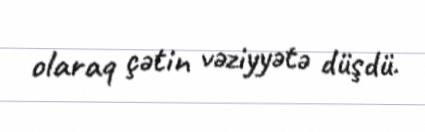
olaraq çətin vəziyyətə düşdü.